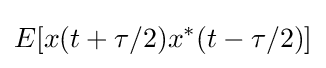
E[x(t+\tau /2)x^{*}(t-\tau /2)]